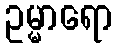
ဥမ္မာရော